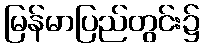
မြန်မာပြည်တွင်း၌